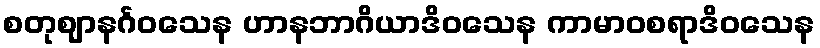
စတုဈာနင်္ဂဝသေန ဟာနဘာဂိယာဒိဝသေန ကာမာဝစရာဒိဝသေန